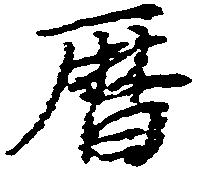
暦